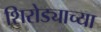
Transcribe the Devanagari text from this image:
शिरोड्याच्या